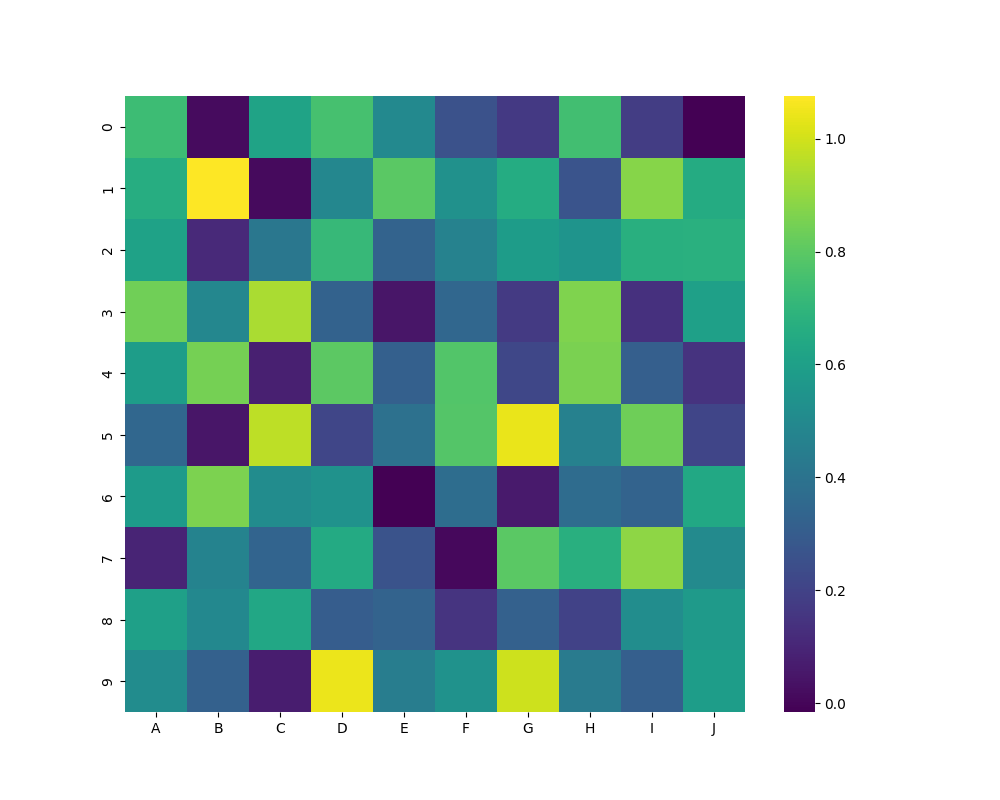
python, seaborn, heatmap, cmap='viridis', linewidths=0.0, center=none